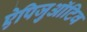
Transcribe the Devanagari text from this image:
ऐपिजुऑटिव